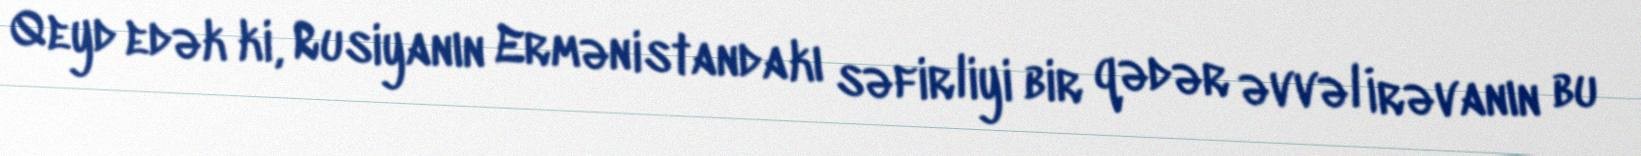
Qeyd edək ki, Rusiyanın Ermənistandakı səfirliyi bir qədər əvvəl İrəvanın bu